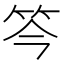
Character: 笒